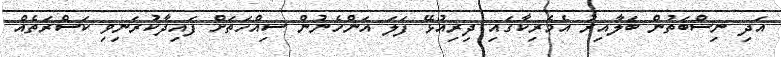
އަދި ނިސްބަތުން ބަލާއިރު އެމެރިކާގައި ދިރިއުޅޭ ފަލަ އަންހެނުން ސިއްހަތަށް ފައިދާކުރަނިވި ކަސްރަތެއް